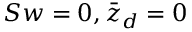
S w = 0 , \bar { z } _ { d } = 0